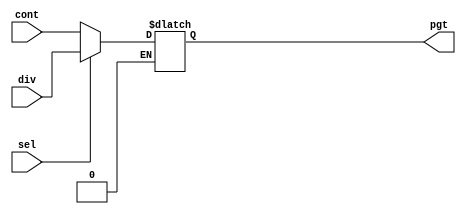
module mux (
            input wire cont, div, sel,
            output reg pgt);

// OBS:
// sel -> chave de seleo que recebe sinla do enable
// cont -> entrada do mux que recebe sada do contador no reciclavel
// div -> entrada do mux que recebe sada do divisor do clock
// pgt_1Hz -> positive going trasition passada para o cronmetro

    always @(sel, div, cont) begin
        
        if (sel == 1'b1) //magnetron ligado
            pgt = div; // saida de positive going transition contnua em 1 Hz
        
        else if (sel == 1'b0)// magnetron desligado
            pgt = cont;
        
    end

    
endmodule